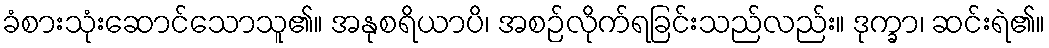
ခံစားသုံးဆောင်သောသူ၏။ အနုစရိယာပိ၊ အစဉ်လိုက်ရခြင်းသည်လည်း။ ဒုက္ခာ၊ ဆင်းရဲ၏။